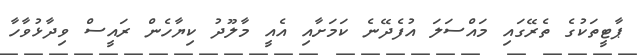
ޕާޓީތަކުގެ ތެރޭގައި މައްސަލަ އުފެދޭނެ ކަމަށާއި އެއީ މާލޫދު ކިޔާހެން ރައީސް ވިދާޅުވާހާ